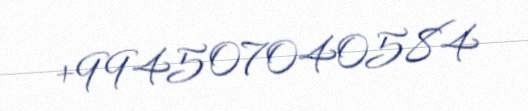
+994507040584